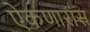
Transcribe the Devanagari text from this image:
ऐकणारांस